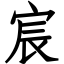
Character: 宸